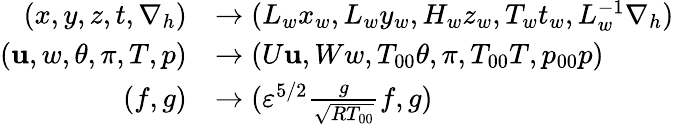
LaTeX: \begin{array}{rl}{(x,y,z,t,\nabla_{h})}&{\rightarrow(L_{w}x_{w},L_{w}y_{w},H_{w}z_{w},T_{w}t_{w},L_{w}^{-1}\nabla_{h})}\\ {(\mathbf{u},w,\theta,\pi,T,p)}&{\rightarrow(U\mathbf{u},Ww,T_{00}\theta,\pi,T_{00}T,p_{00}p)}\\ {(f,g)}&{\rightarrow({\varepsilon}^{5/2}\frac{g}{\sqrt{RT_{00}}}f,g)}\end{array}